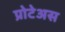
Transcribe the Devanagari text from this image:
प्रोटेअस